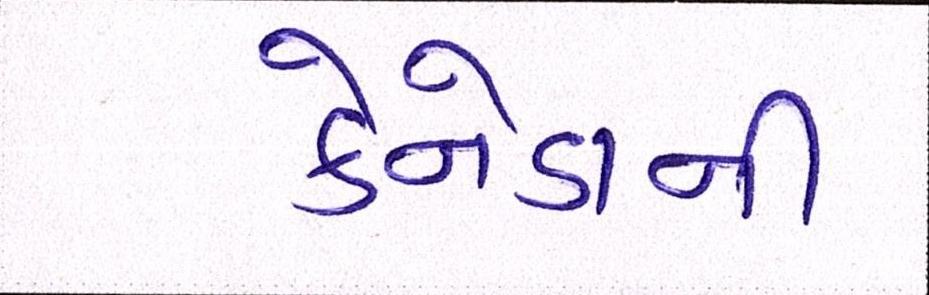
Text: કેનેડાની